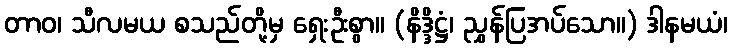
တာဝ၊ သီလမယ စသည်တို့မှ ရှေးဦးစွာ။ (နိဒ္ဒိဋ္ဌံ၊ ညွှန်ပြအပ်သော။) ဒါနမယံ၊